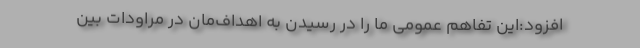
افزود:این تفاهم عمومی ما را در رسیدن به اهداف‌مان در مراودات بین